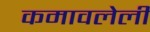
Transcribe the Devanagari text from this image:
कमावलेली